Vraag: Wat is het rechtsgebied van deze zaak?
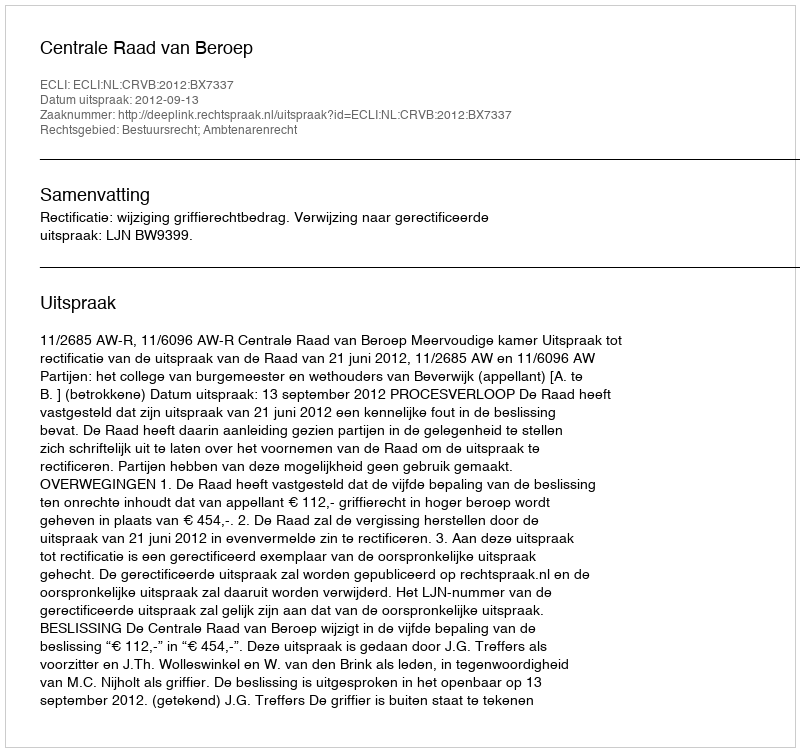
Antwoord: Bestuursrecht; Ambtenarenrecht